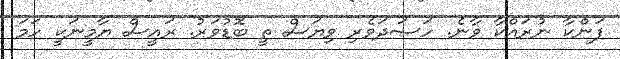
ފަންކާ ނުރައްކާ ވާނެ. ހަސަދަވެރި ވިޔަސް ތީ ބޮޑުވަރު. ރައީސް ޔާމީނަކީ ހަމަ